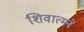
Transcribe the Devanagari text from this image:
शिवात्मने